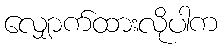
လျှောက်ထားလိုပါက